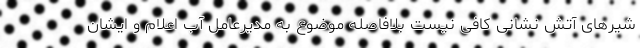
شیرهای آتش نشانی کافی نیست بلافاصله موضوع به مدیرعامل آب اعلام و ایشان